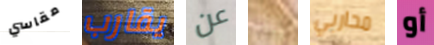
مقاسي يقارب عن بهذا محاربي أو